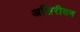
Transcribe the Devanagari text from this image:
असिरीयन